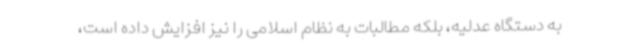
به دستگاه عدلیه، بلکه مطالبات به نظام اسلامی را نیز افزایش داده است،